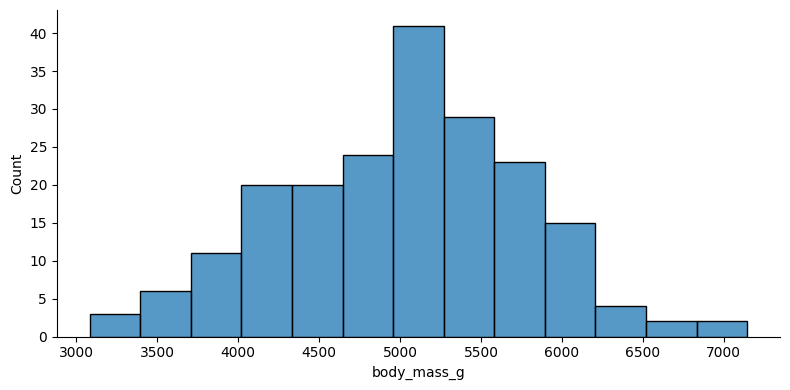
python, seaborn, displot, kind='hist', column='body_mass_g', hue='all', height=4, aspect=2.0